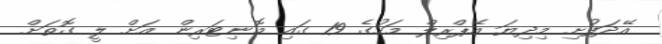
އޭދަފުށި މިދިޔަ އޭޕްރިލް މަހުގެ 19 ގައި މޮނިޓަރިން އަށް ލީ ގޮތަށް